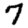
Digit: 7